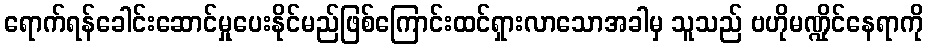
ရောက်ရန်ခေါင်းဆောင်မှုပေးနိုင်မည်ဖြစ်ကြောင်းထင်ရှားလာသောအခါမှ သူသည် ဗဟိုမဏ္ဍိုင်နေရာကို